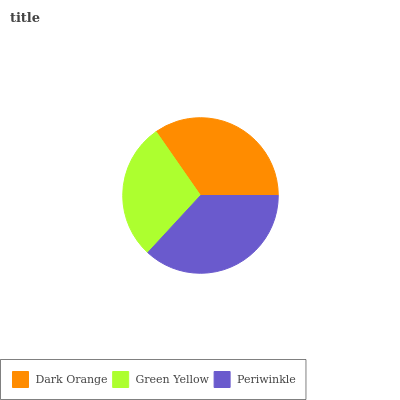
| Dark Orange | Green Yellow | Periwinkle |
 | --- | --- | --- |
 | 34.7% | 28.5% | 36.9% |